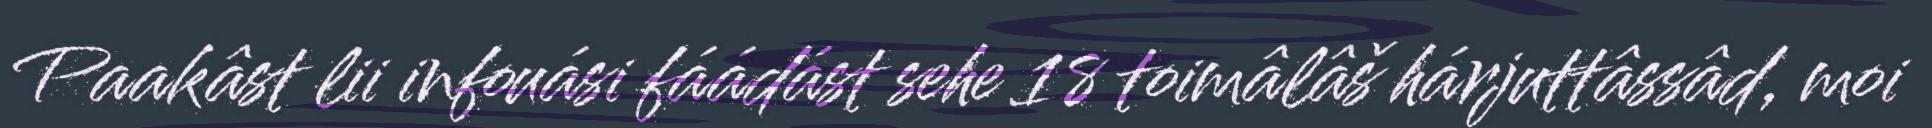
Paakâst lii infouási fáádást sehe 18 toimâlâš hárjuttâssâd, moi